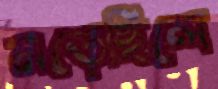
নড়েছিলে